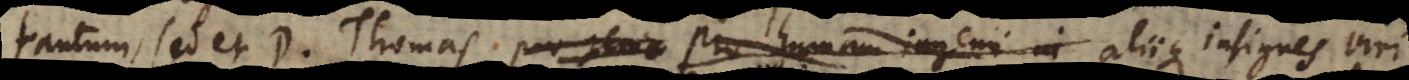
tantum, sed et D. Thomas pro genio pro humani ingenii in aliique insignes viri